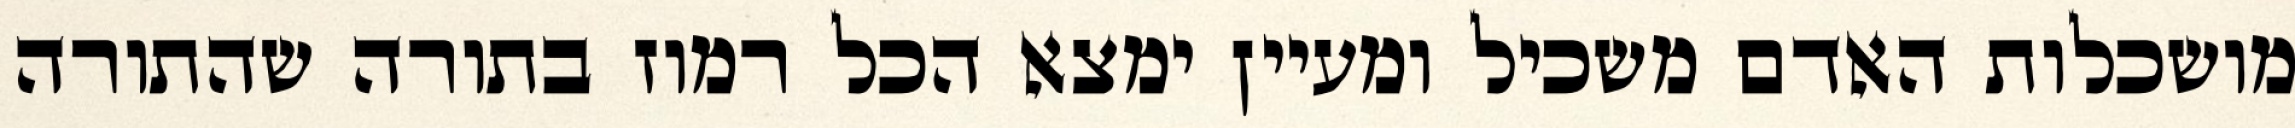
מושכלות האדם משכיל ומעיין ימצא הכל רמוז בתורה שהתורה